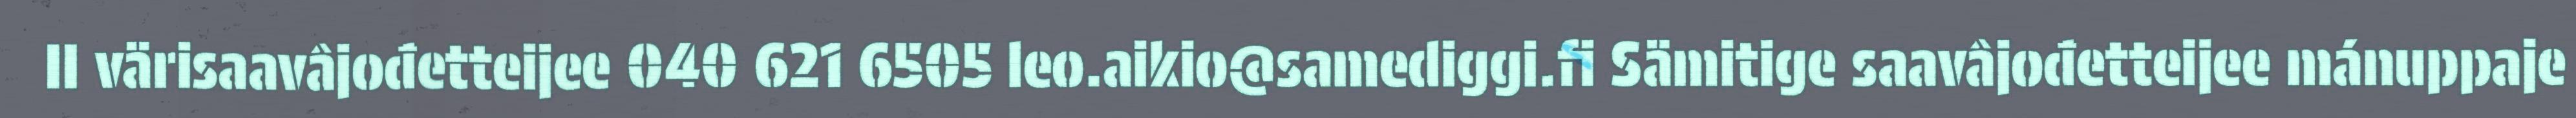
II värisaavâjođetteijee 040 621 6505 leo.aikio@samediggi.fi Sämitige saavâjođetteijee mánuppaje